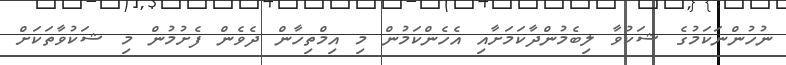
ނުހުންނަކަމުގެ ޝަކުވާ ލިބެމުންދާކަމަށާއި އެހެންކަމުން މި އިމްތިހާން ދެެވެން ފެށުމުން މި ޝަކުވާތަކަށް